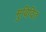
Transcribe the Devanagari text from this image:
मुविदित